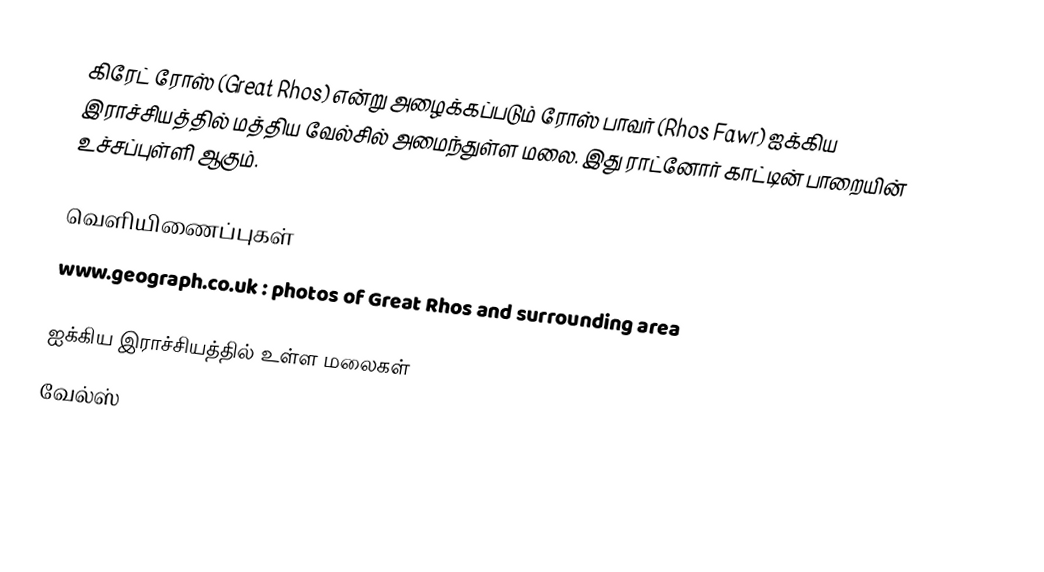
கிரேட் ரோஸ் (Great Rhos) என்று அழைக்கப்படும் ரோஸ் பாவர் (Rhos Fawr) ஐக்கிய இராச்சியத்தில் மத்திய வேல்சில் அமைந்துள்ள மலை. இது ராட்னோர் காட்டின் பாறையின் உச்சப்புள்ளி ஆகும்.

வெளியிணைப்புகள்
 www.geograph.co.uk : photos of Great Rhos and surrounding area

ஐக்கிய இராச்சியத்தில் உள்ள மலைகள்
வேல்ஸ்